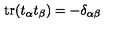
\mathop { \mathrm { t r } } ( t _ { \alpha } t _ { \beta } ) = - \delta _ { \alpha \beta }